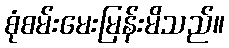
စုံစမ်းမေးမြန်းမိသည်။